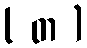
( တ )